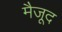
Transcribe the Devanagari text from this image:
मैजूद